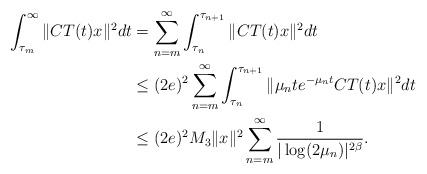
\begin{align*}\int^{\infty}_{\tau_m} \|CT(t)x\|^2 dt &=\sum_{n=m}^{\infty} \int^{\tau_{n+1}}_{\tau_n} \|CT(t)x\|^2 dt \\&\leq (2e)^2\sum_{n=m}^{\infty} \int^{\tau_{n+1}}_{\tau_n} \|\mu_n t e^{-\mu_n t} CT(t)x\|^2 dt \\&\leq (2e)^2 M_3\|x\|^2 \sum_{n=m}^{\infty} \frac{1}{|\log (2\mu_n)|^{2\beta}}.\end{align*}